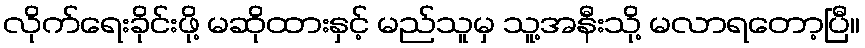
လိုက်ရေးခိုင်းဖို့ မဆိုထားနှင့် မည်သူမှ သူ့အနီးသို့ မလာရတော့ပြီ။